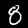
Digit: 8